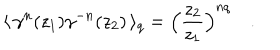
\langle \, \gamma ^ { n } ( z _ { 1 } ) \gamma ^ { - n } ( z _ { 2 } ) \, \rangle _ { q } = \Big ( \frac { z _ { 2 } } { z _ { 1 } } \Big ) ^ { n q } \quad .